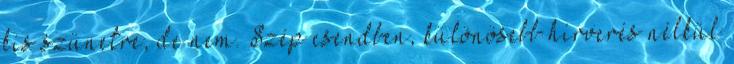
kis szünetre, de nem. Szép csendben, különösebb hírverés nélkül